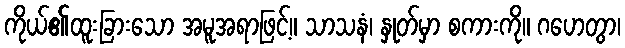
ကိုယ်၏ထူးခြားသော အမူအရာဖြင့်။ သာသနံ၊ နှုတ်မှာ စကားကို။ ဂဟေတွာ၊